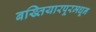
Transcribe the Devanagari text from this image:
बख्तियारपूरमधून